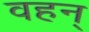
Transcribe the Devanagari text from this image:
वहन्